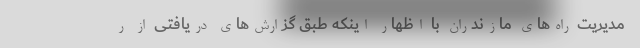
مدیریت راه‌های مازندران با اظهار اینکه طبق گزارش‌های دریافتی از ر